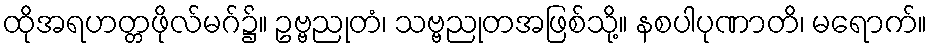
ထိုအရဟတ္တဖိုလ်မဂ်၌။ ဥဗ္ဗညုတံ၊ သဗ္ဗညုတအဖြစ်သို့။ နစပါပုဏာတိ၊ မရောက်။